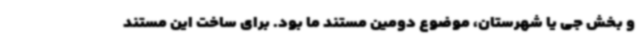
و بخش جی یا شهرستان، موضوع دومین مستند ما بود. برای ساخت این مستند